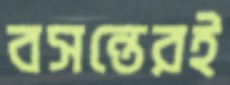
বসন্তেরই